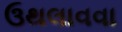
ઉથલાવવા